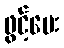
ဖွင့်ပေး